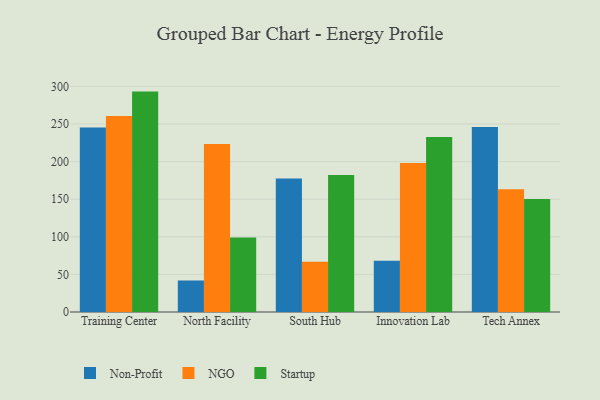
{"axis": {"x": "Campus", "y": "Operating Costs (USD K)"}, "legend": ["NGO", "Non-Profit", "Startup"], "data": [{"x": "Training Center", "y": 245.5, "type": "Non-Profit"}, {"x": "Training Center", "y": 260.8, "type": "NGO"}, {"x": "Training Center", "y": 293.1, "type": "Startup"}, {"x": "North Facility", "y": 41.9, "type": "Non-Profit"}, {"x": "North Facility", "y": 223.4, "type": "NGO"}, {"x": "North Facility", "y": 99.0, "type": "Startup"}, {"x": "South Hub", "y": 177.4, "type": "Non-Profit"}, {"x": "South Hub", "y": 66.7, "type": "NGO"}, {"x": "South Hub", "y": 182.1, "type": "Startup"}, {"x": "Innovation Lab", "y": 68.3, "type": "Non-Profit"}, {"x": "Innovation Lab", "y": 198.1, "type": "NGO"}, {"x": "Innovation Lab", "y": 232.7, "type": "Startup"}, {"x": "Tech Annex", "y": 246.1, "type": "Non-Profit"}, {"x": "Tech Annex", "y": 163.3, "type": "NGO"}, {"x": "Tech Annex", "y": 150.2, "type": "Startup"}]}